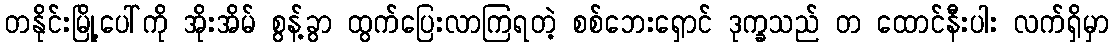
တနိုင်းမြို့ပေါ်ကို အိုးအိမ် စွန့်ခွာ ထွက်ပြေးလာကြရတဲ့ စစ်ဘေးရှောင် ဒုက္ခသည် တ ထောင်နီးပါး လက်ရှိမှာ